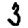
Digit: 3